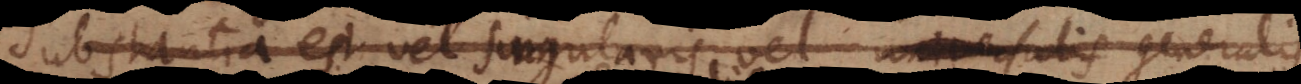
Substantia est vel singularis vel universalis generalis.